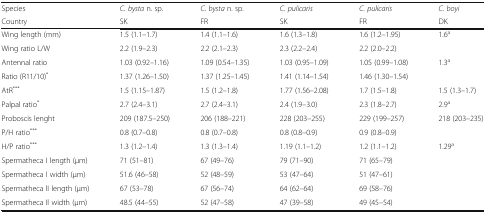
| Species | C. bysta n. sp. | C. bysta n. sp. | C. pulicaris | C. pulicaris | C. boyi |
 | Country | SK | FR | SK | FR | DK |
 | --- | --- | --- | --- | --- | --- |
 | Wing length (mm) | 1.5 (1.1–1.7) | 1.4 (1.1–1.6) | 1.6 (1.3–1.8) | 1.6 (1.2–1.95) | 1.6a |
 | Wing ratio L/W | 2.2 (1.9–2.3) | 2.2 (2.1–2.3) | 2.3 (2.2–2.4) | 2.2 (2.0–2.2) |  |
 | Antennal ratio | 1.03 (0.92–1.16) | 1.09 (0.54–1.35) | 1.03 (0.95–1.09) | 1.05 (0.99–1.08) | 1.3a |
 | Ratio (R11/10)* | 1.37 (1.26–1.50) | 1.37 (1.25–1.45) | 1.41 (1.14–1.54) | 1.46 (1.30–1.54) |  |
 | AtR*** | 1.5 (1.15–1.87) | 1.5 (1.2–1.8) | 1.77 (1.56–2.08) | 1.7 (1.5–1.8) | 1.5 (1.3–1.7) |
 | Palpal ratio* | 2.7 (2.4–3.1) | 2.7 (2.4–3.1) | 2.4 (1.9–3.0) | 2.3 (1.8–2.7) | 2.9a |
 | Proboscis lenght | 209 (187.5–250) | 206 (188–221) | 228 (203–255) | 229 (199–257) | 218 (203–235) |
 | P/H ratio*** | 0.8 (0.7–0.8) | 0.8 (0.7–0.8) | 0.8 (0.8–0.9) | 0.9 (0.8–0.9) |  |
 | H/P ratio*** | 1.3 (1.2–1.4) | 1.3 (1.3–1.4) | 1.19 (1.1–1.2) | 1.2 (1.1–1.2) | 1.29a |
 | Spermatheca I length (μm) | 71 (51–81) | 67 (49–76) | 79 (71–90) | 71 (65–79) |  |
 | Spermatheca I width (μm) | 51.6 (46–58) | 52 (48–59) | 53 (47–64) | 51 (47–61) |  |
 | Spermatheca lI length (μm) | 67 (53–78) | 67 (56–74) | 64 (62–64) | 69 (58–76) |  |
 | Spermatheca Il width (μm) | 48.5 (44–55) | 52 (47–58) | 47 (39–58) | 49 (45–54) |  |